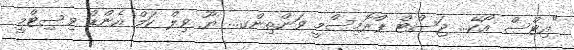
"އިޓްސް އޯކޭ... ޖަސްޓް ޕްރޮމިސްމީ ވަންތިންގ... ޔޫ ވިލް ކަމް އެންޑް ވިސިޓްމީ